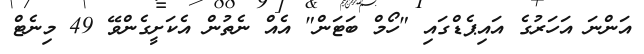
އަންނަ އަހަރުގެ އައިޕެޑްގައި "ހޯމް ބަޓަން" އެއް ނެތުން އެކަށީގެންވޭ 49 މިނެޓް